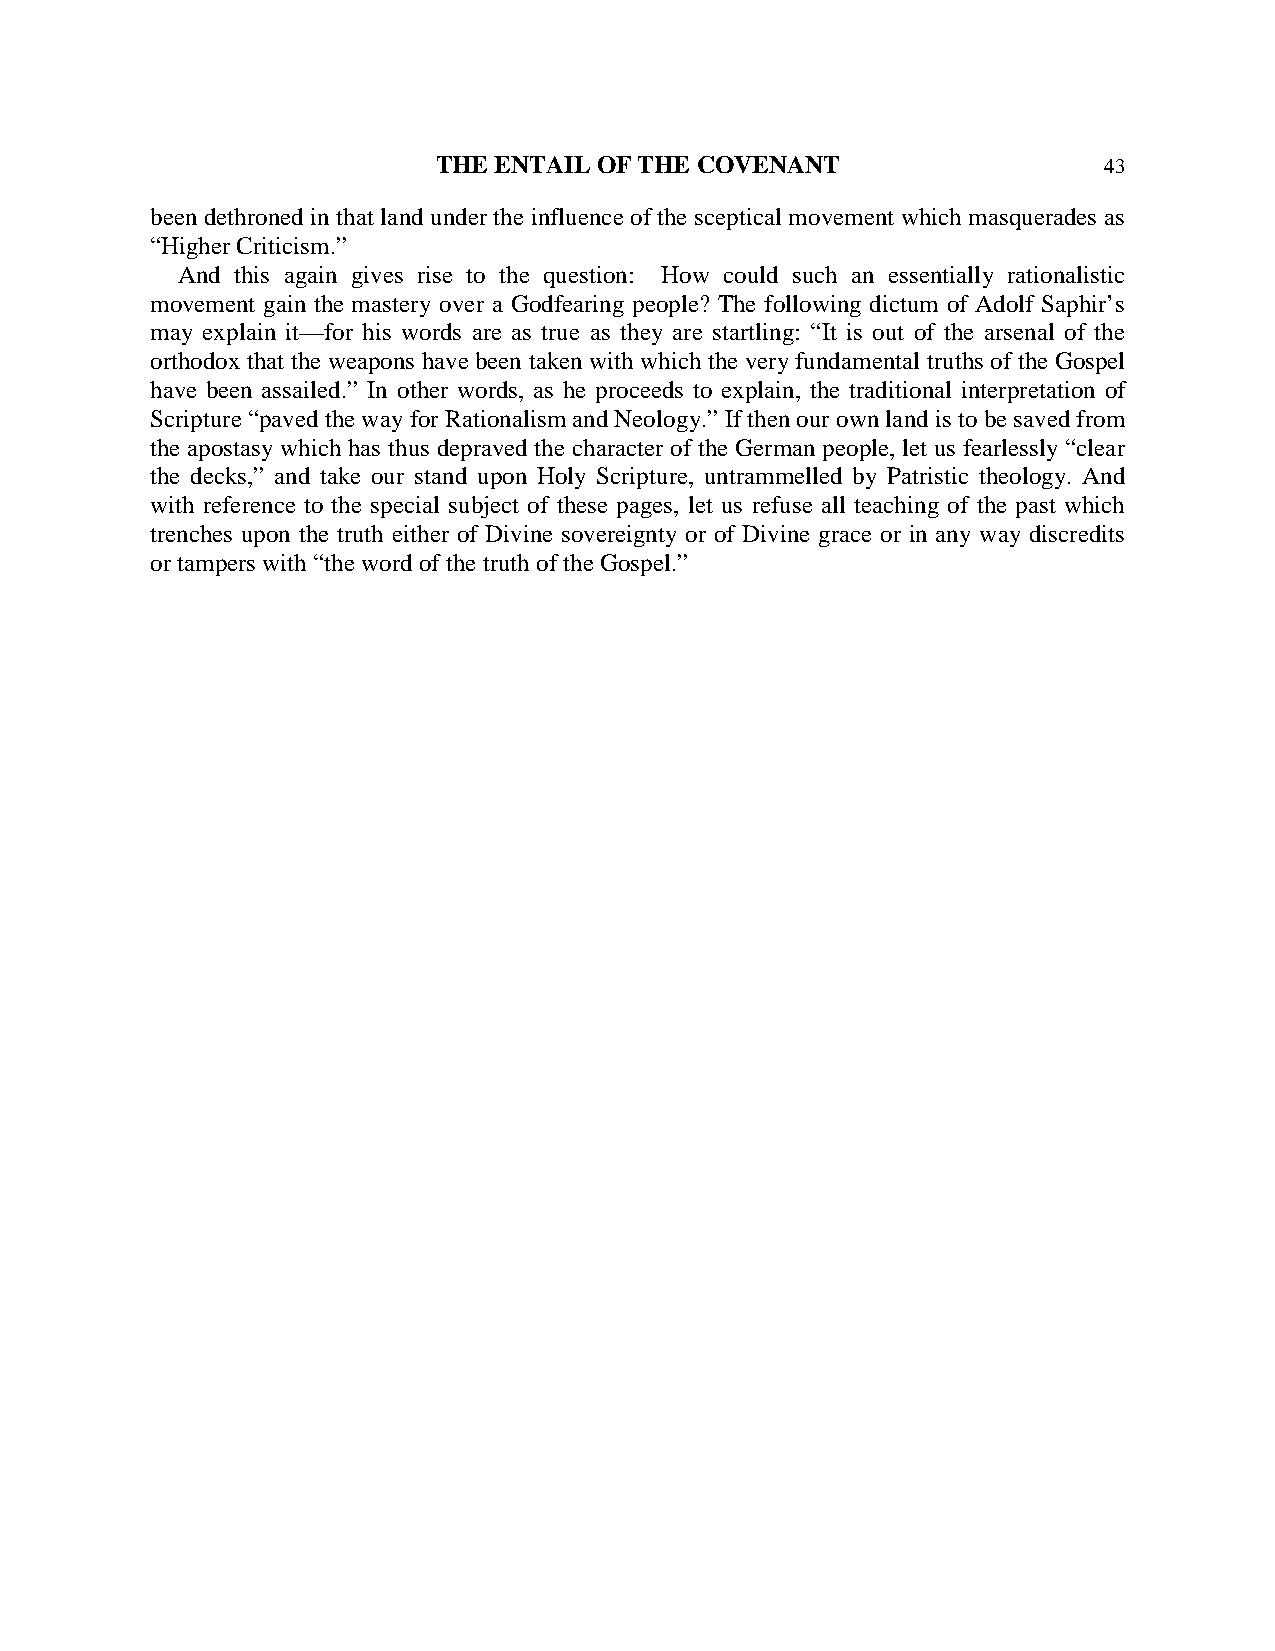
THE ENTAIL OF THE COVENANT                  43
 been dethroned in that land under the influence of the sceptical movement which masquerades as
 “Higher Criticism.”
 And this again gives rise to the question: How could such an essentially rationalistic
 movement gain the mastery over a Godfearing people? The following dictum of Adolf Saphir’s
 may explain it—for his words are as true as they are startling: “It is out of the arsenal of the
 orthodox that the weapons have been taken with which the very fundamental truths of the Gospel
 have been assailed.” In other words, as he proceeds to explain, the traditional interpretation of
 Scripture “paved the way for Rationalism and Neology.” If then our own land is to be saved from
 the apostasy which has thus depraved the character of the German people, let us fearlessly “clear
 the decks,” and take our stand upon Holy Scripture, untrammelled by Patristic theology. And
 with reference to the special subject of these pages, let us refuse all teaching of the past which
 trenches upon the truth either of Divine sovereignty or of Divine grace or in any way discredits
 or tampers with “the word of the truth of the Gospel.”